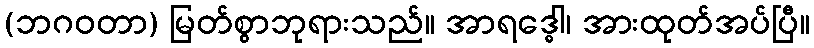
(ဘဂဝတာ) မြတ်စွာဘုရားသည်။ အာရဒ္ဓေါ၊ အားထုတ်အပ်ပြီ။